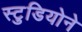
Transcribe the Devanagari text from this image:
स्टुडियोने